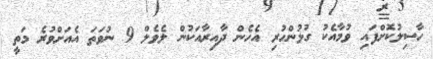
ހާސިލުކޮށްފައި ވުމާއެކު ގުޅުންހުރި އެހެން ދާއިރާއަކުން ލެވެލް 9 ނުވަތަ އެއަށްވުރެ މަތީ